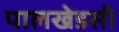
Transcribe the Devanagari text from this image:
पालखेडसी